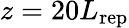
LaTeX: z=20L_{\mathrm{rep}}